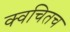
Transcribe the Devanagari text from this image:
क्‍वचितच